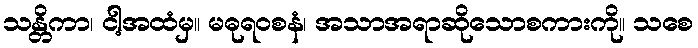
သန္တိကာ၊ ငါ့အထံမှ။ မဓုရဝစနံ၊ အသာအရာဆိုသောစကားကို။ သစေ